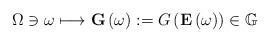
LaTeX: \begin{align*}\Omega\ni\omega\longmapsto\mathbf{G}\left( \omega\right) :=G\left(\mathbf{E}\left( \omega\right) \right) \in\mathbb{G}\end{align*}